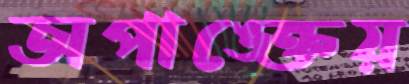
অপাঙ্‌ক্তেয়